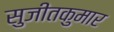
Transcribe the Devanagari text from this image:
सुजीतकुमार